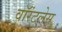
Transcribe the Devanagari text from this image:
वॉरंटलेस